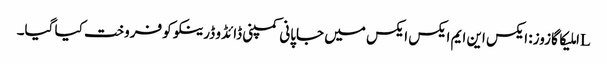
Lاملیکا گازوز: ایکس این ایم ایکس ایکس میں جاپانی کمپنی ڈائڈو ڈرینکو کو فروخت کیا گیا۔